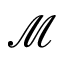
\mathcal { M }